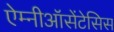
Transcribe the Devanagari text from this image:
ऐम्नीऑसेंटेसिस